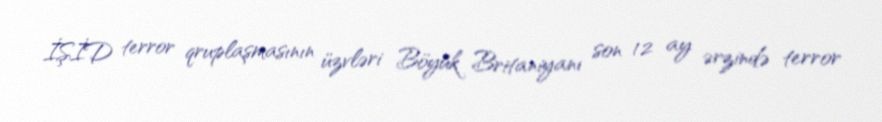
İŞİD terror qruplaşmasının üzvləri Böyük Britaniyanı son 12 ay ərzində terror